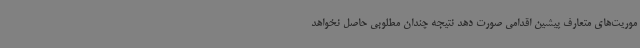
موریت‌های متعارف پیشین اقدامی صورت دهد نتیجه چندان مطلوبی حاصل نخواهد